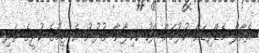
ރެއާލް މެޑްރިޑަށް ކުޅުމަށް ފަހު ކމިލާނާ ގުޅުނު އެ ޓީމުގެ ކުރީގެ ތަރި